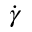
\dot { \gamma }